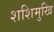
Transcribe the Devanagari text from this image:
शशिमुखि